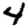
Digit: 4